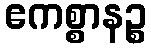
ဧကစ္စာနဉ္စ